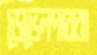
ডেভেলপাররা